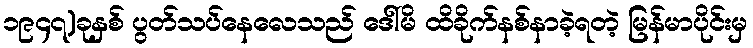
၁၉၄၇)ခုနှစ် ပွတ်သပ်နေလေသည် ဒေါ်မိ ထိခိုက်နစ်နာခဲ့ရတဲ့ မြန်မာပိုင်းမှ